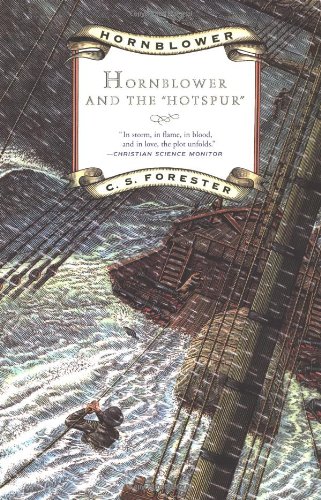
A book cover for Hornblower and the "Hotspur" (Hornblower Series); C. S. Forester; Literature & Fiction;